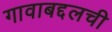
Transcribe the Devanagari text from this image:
गावाबद्दलची